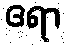
ဧရာ